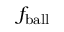
f _ { \mathrm { b a l l } }